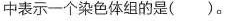
中表示一个染色体组的是( )。